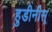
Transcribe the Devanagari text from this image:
हुडीनीस्